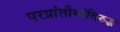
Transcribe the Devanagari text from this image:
परप्रांतीयांविरुद्ध